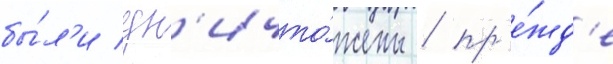
бы́л'и ун'ичто́жены / пр'е́жд'е